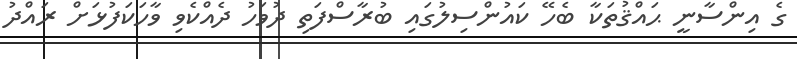
ގެ އިންސާނީ ޙައްޤުތަކާ ބެހޭ ކައުންސިލުގައި ބުރާސްފަތި ދުވަހު ދެއްކެވި ވާހަކަފުޅަށް ރައްދު